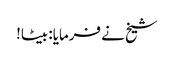
شیخ نے فرمایا: بیٹا!